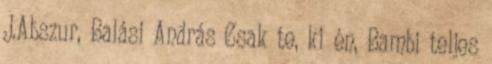
J.Abszur, Balási András Csak te, ki én, Bambi teljes